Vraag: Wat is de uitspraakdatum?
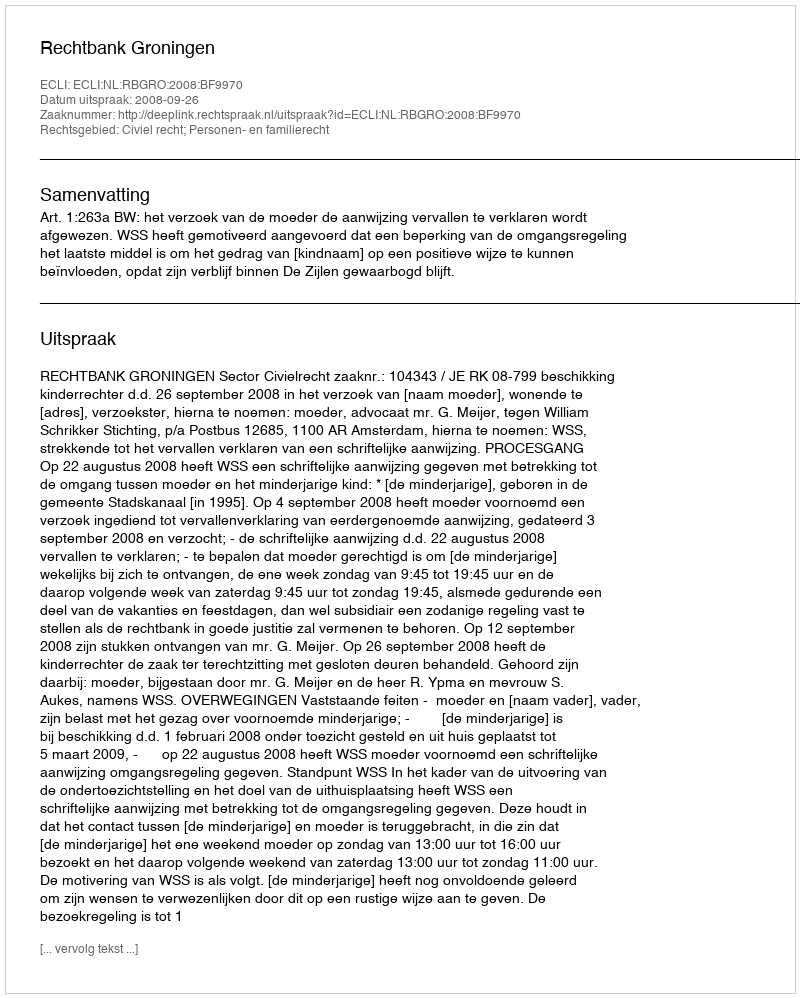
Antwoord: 2008-09-26